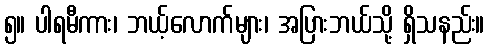
၅။ ပါရမီကား၊ ဘယ့်လောက်များ၊ အပြားဘယ်သို့ ရှိသနည်း။